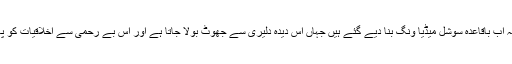
سیاسی جماعتوں کے کارکنان کیا کم تھے کہ اب باقاعدہ سوشل میڈیا ونگ بنا دیے گئے ہیں جہاں اس دیدہ دلیری سے جھوٹ بولا جاتا ہے اور اس بے رحمی سے اخلاقیات کو پامال کیا جاتا ہے کہ آدمی ششدر رہ جاتا ہے۔